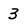
Character: 3